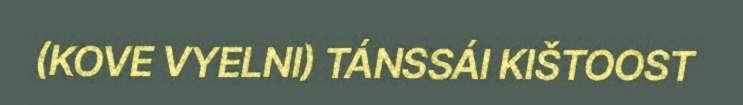
(KOVE VYELNI) TÁNSSÁI KIŠTOOST